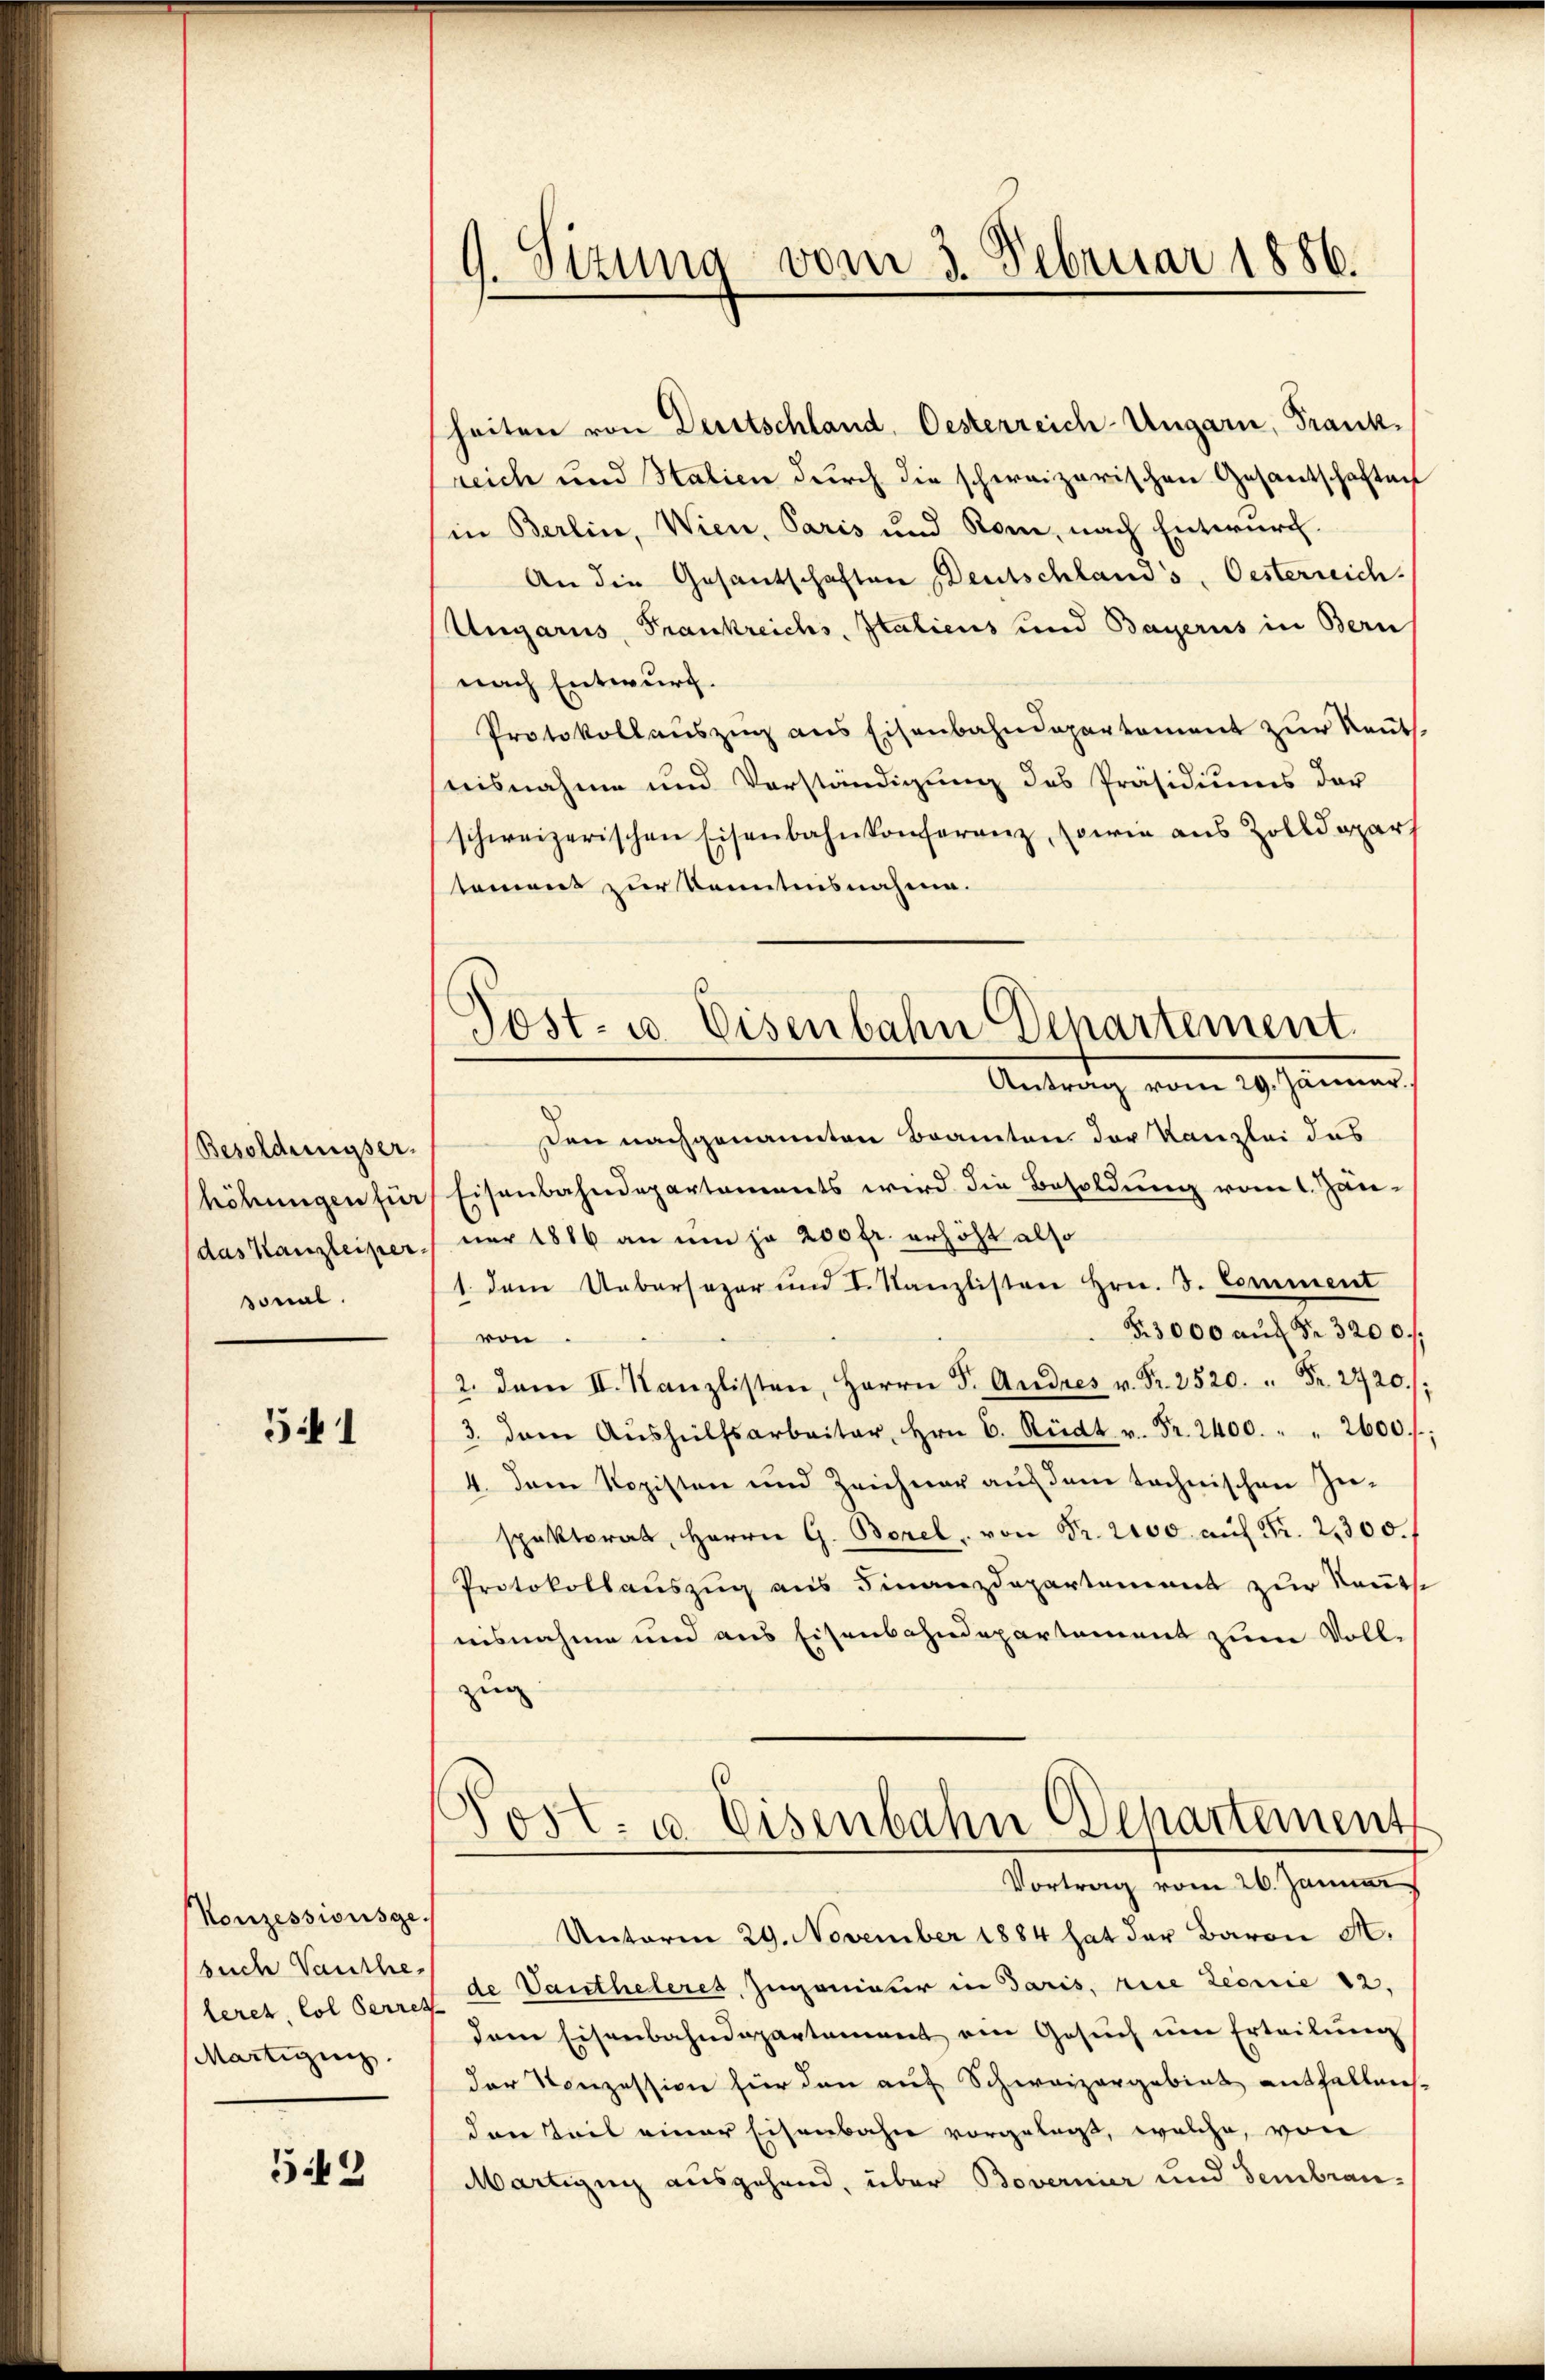
Besoldungser.
höhungen für
das Kanzleiper.
sonal.

341

Konzessionsge
such Vauthe,
Martigung.

542

G. Sizung vom 3. Februar 1886.

Post- u. Eisenbahn Departement
Antrag vom 29. Jänner

heiten von Dartschland, Oesterreich-Ungarn, Frankreich und Stalien durch die schweizerischen Gesantschaften
(in Berlin, Wien, Paris und Rom, nach Entwurf.
An die Gesandschaften Deutschland's, Oesterreich
Ungaris, Frankreichs, Italiens und Bayerns in Bern
nach Entwurf.
Protokollauszug aus Eisenbahndepartement zur Rents.
snisnahme und Vorständigung des Präsidiums der
schweizerischen Eisenbahnkonferenz, sowie aus Zolldepart
tement zur Kenntnisnahme.
Den nachgenannten Beamten. Der Kanzlei das
Eisenbahndepartements wird die Besoldung vom 1. Jän-
ner 1816 an um ja 200 fr. erhöht also
1. dem Uebersager und I. Kanzlisten Hrn. S. Comment
§. 3000 aŭf Fr. 3200.
von
2. dem II. Kanzlisten, Herrn F. Andres v. Fr. 2520. " Fr. 2720./:
3. dem Aŭshülfsarbeiter, Hrn. C. Rüdt v. Fr. 2400. " " 2600 f:
4. Dann Rozisten und Zeichner aŭf dem technischen Zei-
spektorat, Herrn G. Borel, von Fr. 2000 aŭf Fr. 2300.
Protokollauszug aus Finanzdepartement zur Rautse
nisnahme und aus Eisenbahndepartement zum Vollzug
Post- u. Eisenbahn Departement
Vortrag vom 26. Januar
Unterm 29. November 1884 hat der Baron A.
leret, lol Serres de Vautheleret, Zuganister in Paris, rice Linie 12.
dem Eisenbahndepartement ein Gesŭch ŭm Erteilŭng
der Konzession für den auf Schweizergabins entfalleich-
den Teil einer Eisenbahn vorgelegt, welche, von
Martigung ausgehend, über Bovernier und Sembrau¬